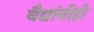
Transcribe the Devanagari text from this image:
वैद्यांनीही